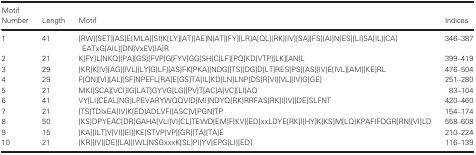
<table><thead><tr><td><b>Motif Number</b></td><td><b>Length</b></td><td><b>Motif</b></td><td><b>Indices</b></td></tr></thead><tbody><tr><td>1</td><td>41</td><td>[RW][SET][AS]E[MLA][SI]K[LY][AT][AE]N[AT][FY][LR]A[QL][RK][IV][SA][FS][AI]N[ES][LI]SA[IL][CA]EATxG[AIL][DN]VxEV[IA]R</td><td>346–387</td></tr><tr><td>2</td><td>21</td><td>K[FY]L[NKQ][PA][GS][FVP]G[FYV]GG[SH]C[LF][PQ]KD[VTP][LK][AN]L</td><td>399–419</td></tr><tr><td>3</td><td>29</td><td>[KR]K[IV][AG][IVL][LY]G[LF][AS]FK[PKA][NDG][TS][DG]D[LT]RES[PS][AS][IV]E[IVL][AM][KE]RL</td><td>476–504</td></tr><tr><td>4</td><td>29</td><td>F[QN][VI][AL][SF]NPEFL[RA]E[GS]TA[IL]KD[LN]LNP[DS]R[VI][VL][IV]G[GE]</td><td>251–280</td></tr><tr><td>5</td><td>21</td><td>MKI[SCA][VCI]IG[LAT]GYVG[LG][PV]T[AC]A[VC][LI]AQ</td><td>83–104</td></tr><tr><td>6</td><td>41</td><td>VY[LI]CEAL[NG]LPEVARYWQQVID[MI]NDYQ[RK]RRFAS[RK]I[IV][DE]SLFNT</td><td>420–460</td></tr><tr><td>7</td><td>21</td><td>[TS]TDIxEA[IV]K[ED]ADLVFI[ASC]V[PGN]TP</td><td>154–174</td></tr><tr><td>8</td><td>50</td><td>[KS]DPYEAC[DR]GAHA[VLI]VI[CL]TEWD[EM]F[KV][ED]xxLDYE[RK]I[HY]K[KS]M[LQ]KPAFIFDGR[RN][VI]LD</td><td>558–608</td></tr><tr><td>9</td><td>15</td><td>[KA][ILT]V[VI][EI][KE]STVP[VP][GR][TA][TA]E</td><td>210–224</td></tr><tr><td>10</td><td>21</td><td>[KR][IV][DE][LA][IWL]NSGxxxK[SL]PI[YV]EPG[LI][ED]</td><td>116–139</td></tr></tbody></table>